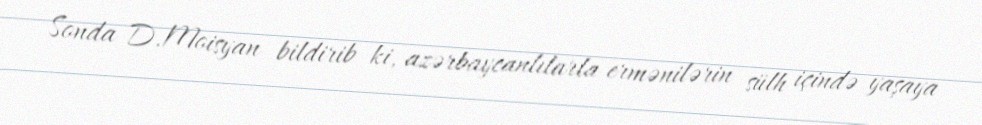
Sonda D.Moisyan bildirib ki, azərbaycanlılarla ermənilərin sülh içində yaşaya